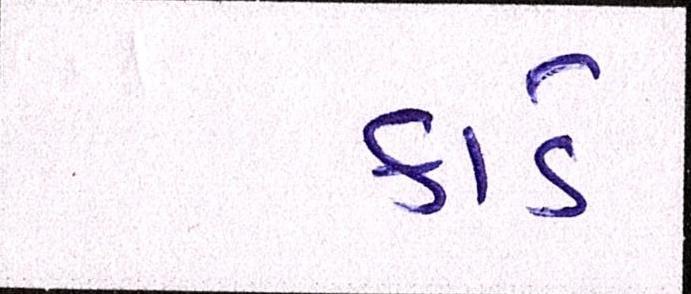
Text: કાર્ડ